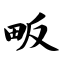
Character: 畈